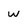
Character: w